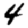
Digit: 4